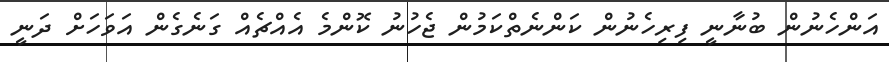
އަންހެނުން ބުނާނީ ފިރިހެނުން ކަންނެތްކަމުން ޖެހުނު ކޮންމެ އެއްޗެއް ގަނެގެން އަވަހަށް ދަނީ